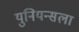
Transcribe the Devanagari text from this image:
युनियन्सला